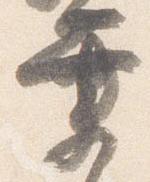
業